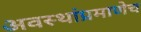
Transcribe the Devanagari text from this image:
अवस्थांप्रमाणेच